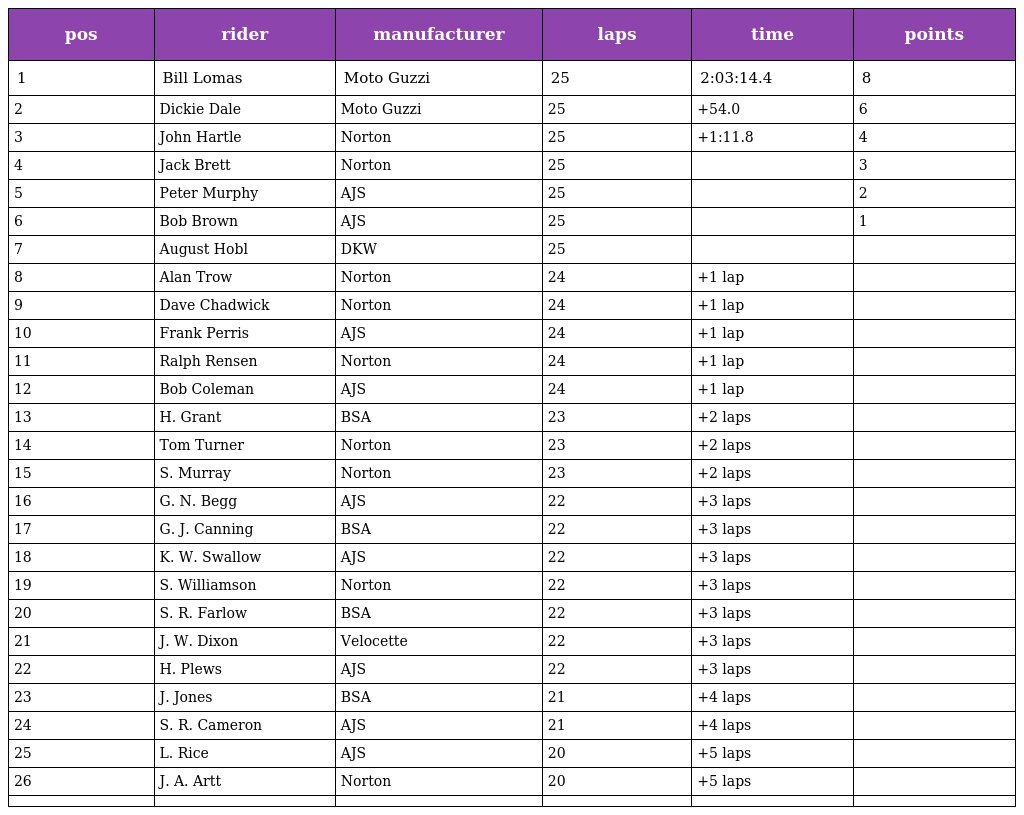
| pos | rider | manufacturer | laps | time | points |
 | --- | --- | --- | --- | --- | --- |
 | 1 | Bill Lomas | Moto Guzzi | 25 | 2:03:14.4 | 8 |
 | 2 | Dickie Dale | Moto Guzzi | 25 | +54.0 | 6 |
 | 3 | John Hartle | Norton | 25 | +1:11.8 | 4 |
 | 4 | Jack Brett | Norton | 25 |  | 3 |
 | 5 | Peter Murphy | AJS | 25 |  | 2 |
 | 6 | Bob Brown | AJS | 25 |  | 1 |
 | 7 | August Hobl | DKW | 25 |  |  |
 | 8 | Alan Trow | Norton | 24 | +1 lap |  |
 | 9 | Dave Chadwick | Norton | 24 | +1 lap |  |
 | 10 | Frank Perris | AJS | 24 | +1 lap |  |
 | 11 | Ralph Rensen | Norton | 24 | +1 lap |  |
 | 12 | Bob Coleman | AJS | 24 | +1 lap |  |
 | 13 | H. Grant | BSA | 23 | +2 laps |  |
 | 14 | Tom Turner | Norton | 23 | +2 laps |  |
 | 15 | S. Murray | Norton | 23 | +2 laps |  |
 | 16 | G. N. Begg | AJS | 22 | +3 laps |  |
 | 17 | G. J. Canning | BSA | 22 | +3 laps |  |
 | 18 | K. W. Swallow | AJS | 22 | +3 laps |  |
 | 19 | S. Williamson | Norton | 22 | +3 laps |  |
 | 20 | S. R. Farlow | BSA | 22 | +3 laps |  |
 | 21 | J. W. Dixon | Velocette | 22 | +3 laps |  |
 | 22 | H. Plews | AJS | 22 | +3 laps |  |
 | 23 | J. Jones | BSA | 21 | +4 laps |  |
 | 24 | S. R. Cameron | AJS | 21 | +4 laps |  |
 | 25 | L. Rice | AJS | 20 | +5 laps |  |
 | 26 | J. A. Artt | Norton | 20 | +5 laps |  |
 |  |  |  |  |  |  |